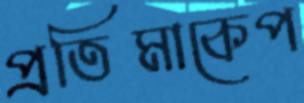
প্রতিমাকেপ